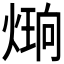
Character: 𪹔